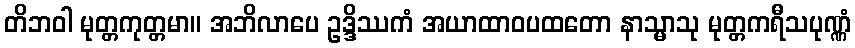
တိဘဝါ မုတ္တကုတ္တမာ။ အဘိလာပေ ဥဒ္ဒိဿကံ အယာထာဝပထတော နာသ္မာသု မုတ္တကရီသပုဏ္ဏံ